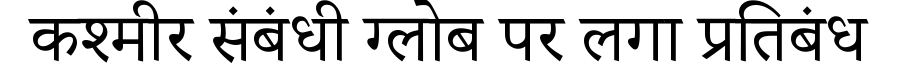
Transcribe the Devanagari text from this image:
कश्मीर संबंधी ग्लोब पर लगा प्रतिबंध